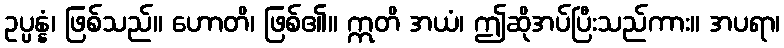
ဥပ္ပန္နံ၊ ဖြစ်သည်။ ဟောတိ၊ ဖြစ်၏။ ဣတိ အယံ၊ ဤဆိုအပ်ပြီးသည်ကား။ အပရာ၊